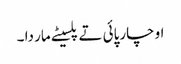
او چارپائی تے پلسیٹے مار دا ۔